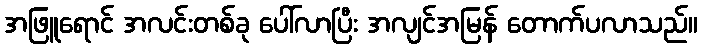
အဖြူရောင် အလင်းတစ်ခု ပေါ်လာပြီး အလျင်အမြန် တောက်ပလာသည်။